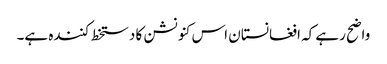
واضح رہے کہ افغانستان اس کنونشن کا دستخط کنندہ ہے۔